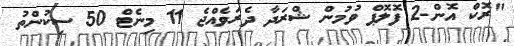
"ރޮކް އޮން-2 ފޮލޮޕް ވުމުން ޝްރަދާ ދެރަވެއްޖެ 11 މިނެޓް 50 ސިކުންތު